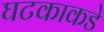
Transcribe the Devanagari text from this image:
घटकाकडे